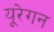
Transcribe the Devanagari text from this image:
यूरेगन